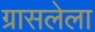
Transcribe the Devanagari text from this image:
ग्रासलेला